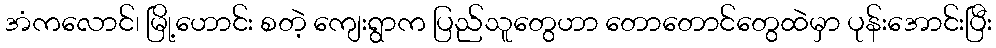
အံကလောင်၊ မြို့ဟောင်း စတဲ့ ကျေးရွာက ပြည်သူတွေဟာ တောတောင်တွေထဲမှာ ပုန်းအောင်းပြီး